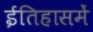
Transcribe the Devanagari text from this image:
ईतिहासमें